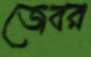
জেবর